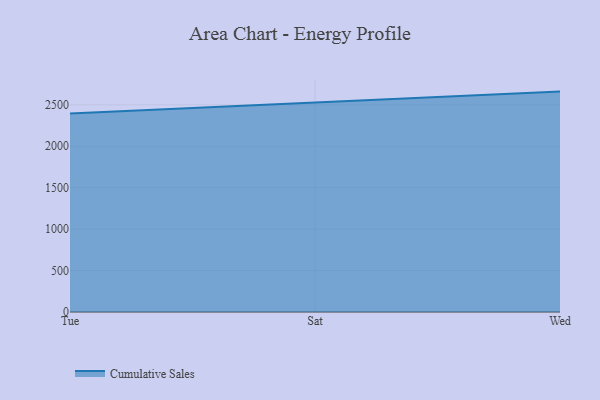
{"axis": {"x": "Day", "y": "Net Income (USD K)"}, "legend": ["Cumulative Sales"], "data": [{"x": "Tue", "y": 2393.8, "type": "Cumulative Sales"}, {"x": "Sat", "y": 2527.6, "type": "Cumulative Sales"}, {"x": "Wed", "y": 2659.5, "type": "Cumulative Sales"}]}